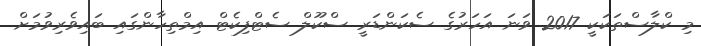
މި ކްލާސްތަކަކީ 2017 ވަނަ އަހަރުގެ ސެކަންޑަރީ ސްކޫލް ސެޓްފިކެޓް އިމްތިހާންގައި ބައިވެރިވުމަށް